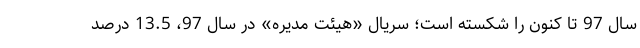
سال 97 تا کنون را شکسته است؛ سریال «هیئت مدیره» در سال 97، 13.5 درصد